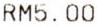
RM5.00